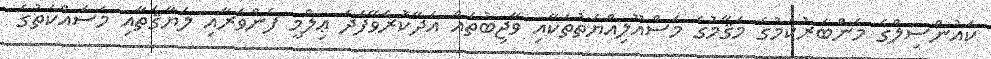
ކައުންސިލްގެ މެންބަރުކަމުގެ މަޤާމުގެ މަސްއޫލިއްޔަތުތަކާއި ވާޖިބުތައް އަދާކުރެވޭފަދަ ޢިލްމީ ފެންވަރާއި ލަޔާޤަތާއި މަސައްކަތުގެ